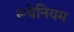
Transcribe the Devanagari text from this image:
रूथेनियम